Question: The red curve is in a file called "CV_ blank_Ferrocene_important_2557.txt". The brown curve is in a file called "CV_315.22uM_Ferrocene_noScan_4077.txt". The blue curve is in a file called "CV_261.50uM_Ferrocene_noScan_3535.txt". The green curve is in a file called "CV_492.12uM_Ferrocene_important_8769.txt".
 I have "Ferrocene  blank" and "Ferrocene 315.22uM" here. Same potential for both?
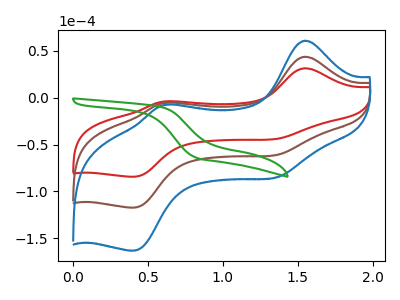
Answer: <think>The red curve "Ferrocene  blank" has anodic peaks at (1.55V, 31.45uA) (0.65V, -3.75uA) and cathodic peaks at (1.40V, -43.25uA) (0.40V, -84.15uA). The brown curve "Ferrocene 315.22uM" has anodic peaks at (1.55V, 43.75uA) (0.65V, -5.20uA) and cathodic peaks at (1.40V, -60.15uA) (0.40V, -117.10uA). The blue curve "Ferrocene 261.50uM" has anodic peaks at (1.55V, 87.55uA) (0.65V, -10.40uA) and cathodic peaks at (1.40V, -120.30uA) (0.40V, -234.20uA). The green curve "Ferrocene 492.12uM" has no peaks.
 All the peaks in "Ferrocene  blank" have a peak in "Ferrocene 315.22uM" at the same potential.</think>
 <answer>"Ferrocene  blank" and "Ferrocene 315.22uM" are similar in shape.</answer>
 <eval>same_shape</eval>